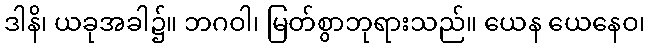
ဒါနိ၊ ယခုအခါ၌။ ဘဂဝါ၊ မြတ်စွာဘုရားသည်။ ယေန ယေနေဝ၊